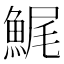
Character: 𩷳